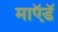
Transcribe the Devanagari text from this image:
माऍडॅ